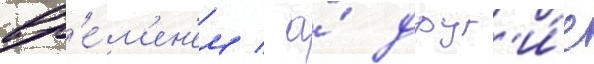
вр'е́м'ен'ем / а́ друг'и́е